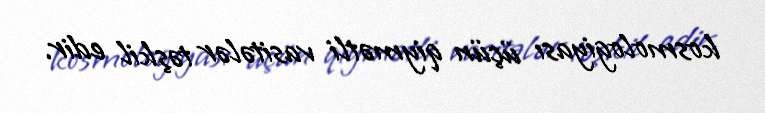
kosmologiyası üçün qiymətli vasitələr təşkil edir.